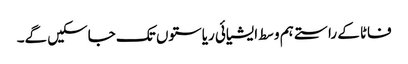
فاٹا کے راستے ہم وسط ایشیائی ریاستوں تک جاسکیں گے۔